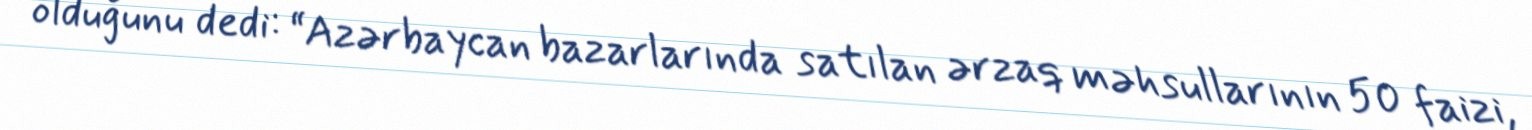
olduğunu dedi: “Azərbaycan bazarlarında satılan ərzaq məhsullarının 50 faizi,